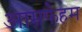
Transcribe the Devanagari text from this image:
आमफेहम